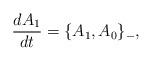
LaTeX: \begin{align*}\frac{d A_1}{dt}=\{A_1,A_0\}_{-},\end{align*}